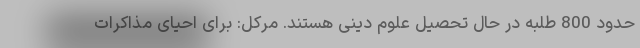
حدود 800 طلبه در حال تحصیل علوم دینی هستند. مرکل: برای احیای مذاکرات